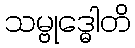
သမ္ဗုဒ္ဓေါတိ